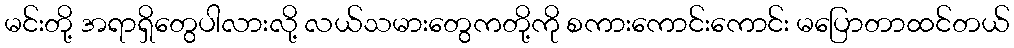
မင်းတို့ အရာရှိတွေပါလားလို့ လယ်သမားတွေကတို့ကို စကားကောင်းကောင်း မပြောတာထင်တယ်